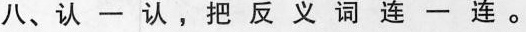
八、认一认， 把反义词连一连。